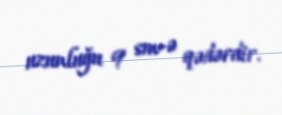
uzunluğu 9 sm-ə qədərdir.